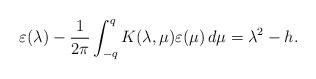
LaTeX: \begin{align*}\varepsilon(\lambda)-\frac{1}{2\pi}\int_{-q}^{q} K(\lambda,\mu)\varepsilon(\mu)\,d\mu=\lambda^2-h.\end{align*}